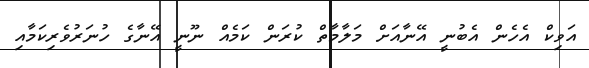
އަވިކް އެހެން އެބުނީ އޭނާއަށް މަލާމާތް ކުރަން ކަމެއް ނޫނީ އޭނާގެ ހުނަރުވެރިކަމާއި